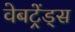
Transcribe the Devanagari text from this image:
वेबट्रेंड्स